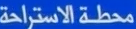
محطة الاستراحة